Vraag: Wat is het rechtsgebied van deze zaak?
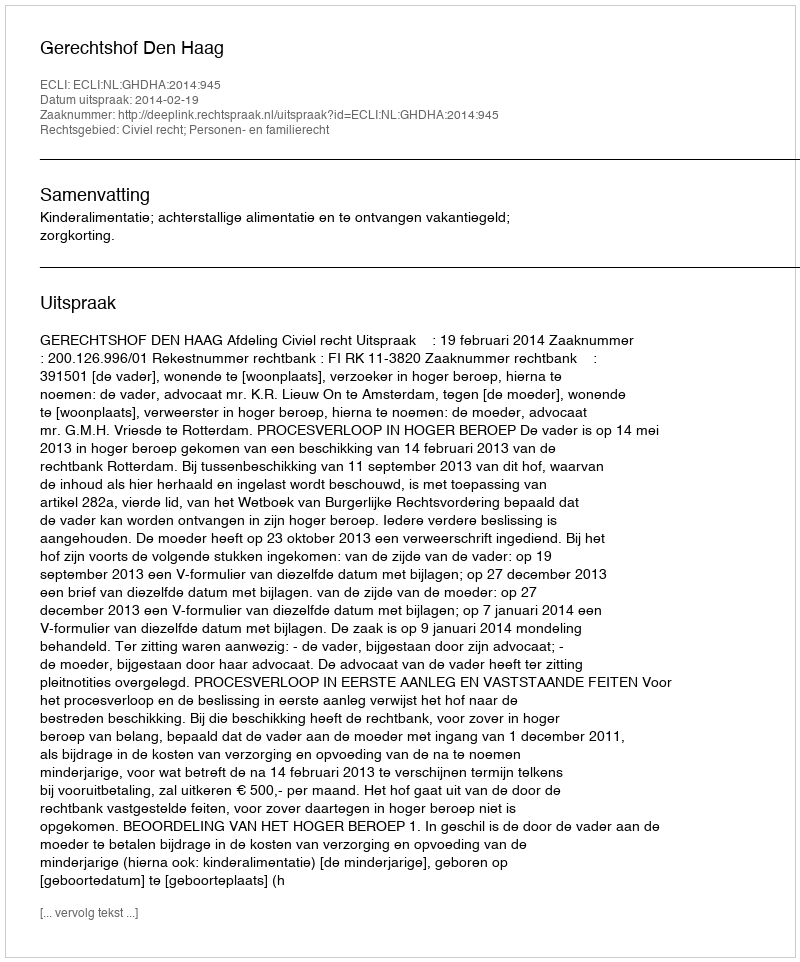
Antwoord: Civiel recht; Personen- en familierecht